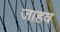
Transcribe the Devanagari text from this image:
जाहव